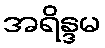
အရိန္ဒမ